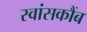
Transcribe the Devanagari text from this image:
स्वांसकौंब